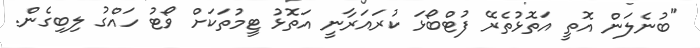
"ބުނެލަން އޮތީ އަތޮޅުތެރޭ ފުޓްބޯޅަ ކުރައަރާނީ އަތޮޅު ޓީމުތަކަށް ވޯޓު ހައްގު ލިބިގެން.